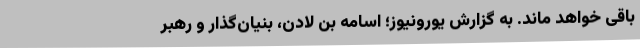
باقی خواهد ماند. به گزارش یورونیوز؛ اسامه بن لادن، بنیان‌گذار و رهبر